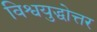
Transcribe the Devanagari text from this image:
विश्वयुद्धोत्तर